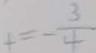
= - \frac { 3 } { 4 }